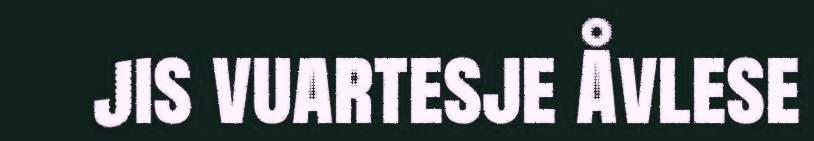
jis vuartesje Åvlese